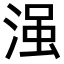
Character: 𣹑